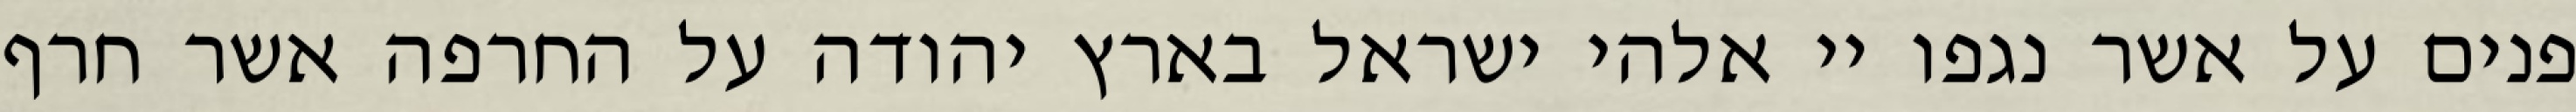
פנים על אשר נגפו יי אלהי ישראל בארץ יהודה על החרפה אשר חרף